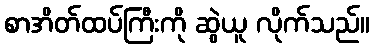
စာအိတ်ထပ်ကြီးကို ဆွဲယူ လိုက်သည်။